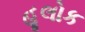
હૂલોક